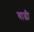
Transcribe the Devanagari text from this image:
वाढी